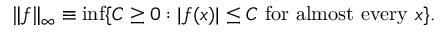
\| f \| _ { \infty } \equiv \operatorname* { i n f } \{ C \geq 0 : | f ( x ) | \leq C { \mathrm { ~ f o r ~ a l m o s t ~ e v e r y ~ } } x \} .